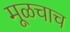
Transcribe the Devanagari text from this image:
मूळचाच